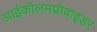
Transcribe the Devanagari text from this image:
आईकॉलमप्रोवाइडर